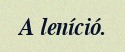
A leníció.